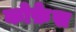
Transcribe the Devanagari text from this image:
कोफ़ेस